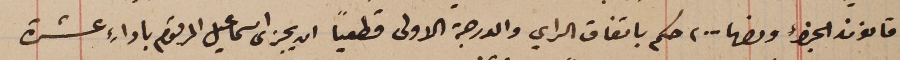
قانون الجزاء ونصها ... ، حكم باتفاق الراي والدرجة الاولى قطعياً ان يجزى اسماعيل المرقوم باداءِ عشرة